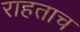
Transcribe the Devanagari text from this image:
राहताच